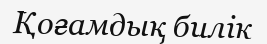
Қоғамдық билік